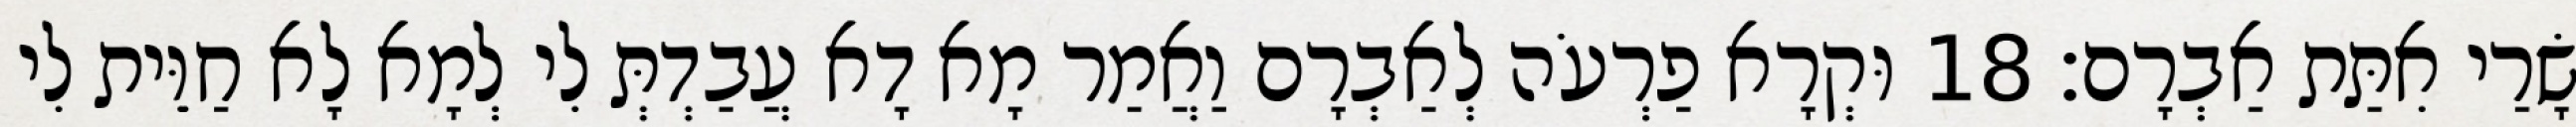
שָׂרַי אִתַּת אַבְרָם׃ 18 וּקְרָא פַרְעֹה לְאַבְרָם וַאֲמַר מָא דָא עֲבַדְתְּ לִי לְמָא לָא חַוֵּית לִי